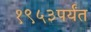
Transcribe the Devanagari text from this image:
१९५३पर्यंत